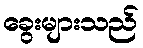
ခွေးများသည်